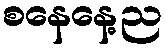
စနေနေ့ည